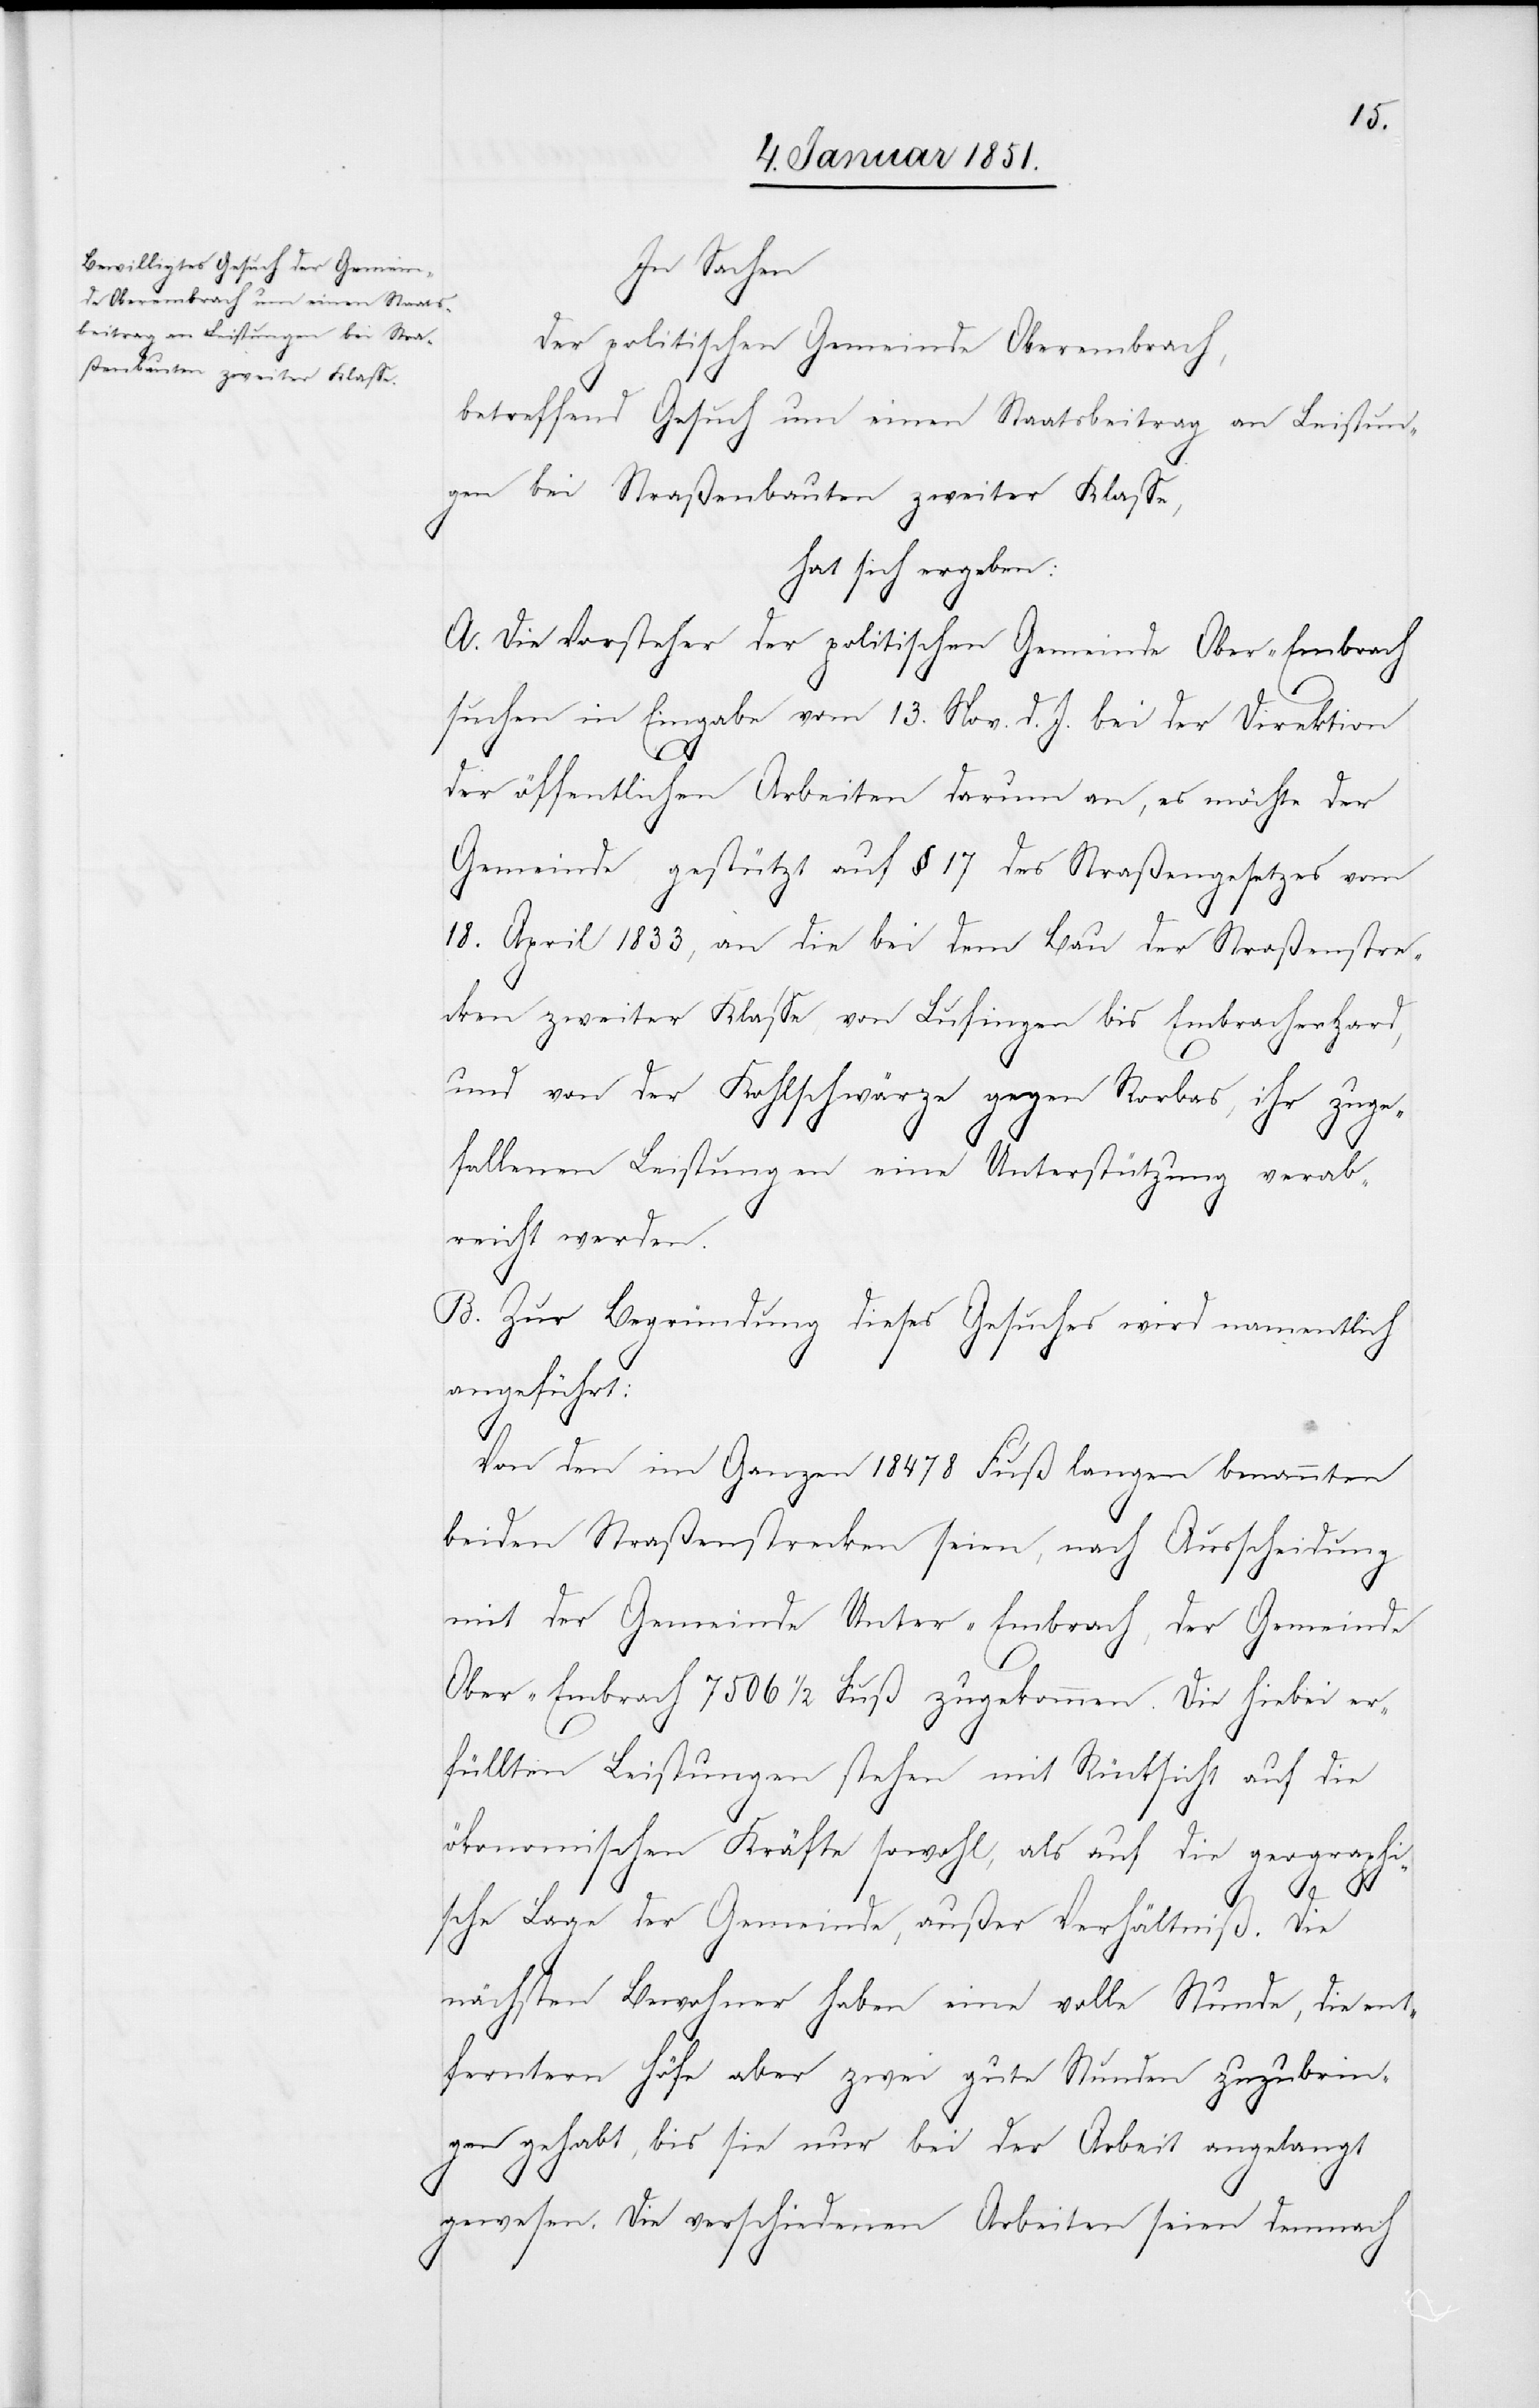
In Sachen
der politischen Gemeinde Oberembrach,
betreffend Gesuch um einen Staatsbeitrag an Leistun¬
gen bei Straßenbauten zweiter Klasse,
hat sich ergeben:
A. Die Vorsteher der politischen Gemeinde Ober-Embrach
suchen in Eingabe vom 13. Nov. d. J. [recte: v.
der
der öffentlichen Arbeiten darum an, es möchte der
Gemeinde gestützt auf § 17 des Straßengesetzes vom
18. April 1833, an die bei dem Bau der Straßenstre¬
cken zweiter Klasse, von Lufingen bis Embracherhard,
und von der Kohlschwärze gegen Rorbas, ihr zuge¬
fallenen Leistungen eine Unterstützung verab¬
reicht werden.
B. Zur Begründung dieses Gesuches wird namentlich
angeführt:
Von den im Ganzen 18478 Fuß langen benannten
beiden Straßenstrecken seien, nach Ausscheidung
mit der Gemeinde Unter-Embrach, der Gemeinde
Ober-Embrach 7506 1/2 Fuß zugekommen. Die hiebei er¬
füllten Leistungen stehen mit Rücksicht auf die
ökonomischen Kräfte sowohl, als auf die geographi¬
sche Lage der Gemeinde, außer Verhältniß. Die
nächsten Bewohner haben eine volle Stunde, die ent¬
ferntern Höfe aber zwei gute Stunden zuzubrin¬
gen gehabt, bis sie nur bei der Arbeit angelangt
gewesen. Die verschiedenen Arbeiten seien demnach